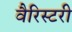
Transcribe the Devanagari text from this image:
वैरिस्टरी